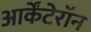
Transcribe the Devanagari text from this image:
आर्केंटेरॉन